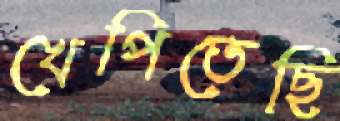
খেপিতেছি